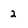
Character: 2